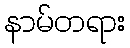
နာမ်တရား